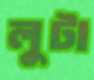
লুটা